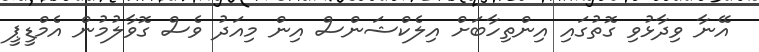
އޭނާ ވިދާޅުވި ގޮތުގައި އިންތިހާބަށް އިލެކްޝަންސް އިން މިއަދު ވެސް ގޮވާލުމުން އެމްޑީޕީ